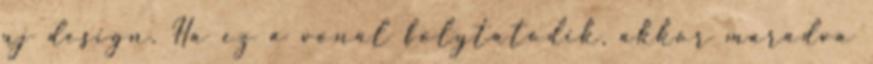
uj design. Ha ez a vonal folytatodik, akkor maradva